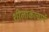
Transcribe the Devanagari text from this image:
शीलांकाचार्य